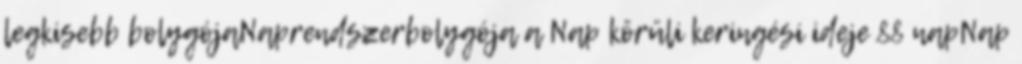
legkisebb bolygójaNaprendszerbolygója a Nap körüli keringési ideje 88 napNap